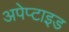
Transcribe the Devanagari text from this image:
अपेप्टाइड